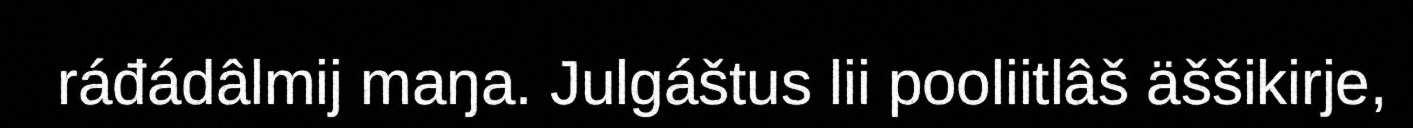
ráđádâlmij maŋa. Julgáštus lii pooliitlâš äššikirje,